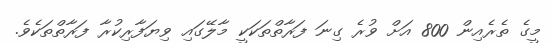
މީގެ ތެރެއިން 800 އަށް ވުރެ ގިނަ ފަރާތްތަކަކީ މާލޭގައި ވިޔަފާރިކުރާ ފަރާތްތަކެވެ.